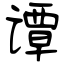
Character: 谭